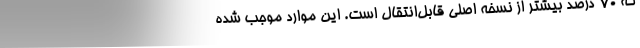
که ۷۰ درصد بیشتر از نسخه اصلی قابل‌انتقال است. این موارد موجب شده